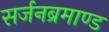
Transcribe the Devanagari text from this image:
सर्जनब्रमाण्ड